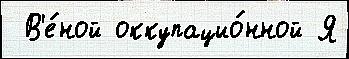
 В'е́ной оккупацио́нной Я